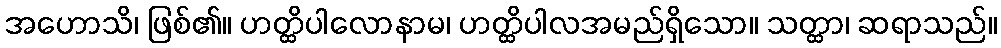
အဟောသိ၊ ဖြစ်၏။ ဟတ္ထိပါလောနာမ၊ ဟတ္ထိပါလအမည်ရှိသော။ သတ္ထာ၊ ဆရာသည်။